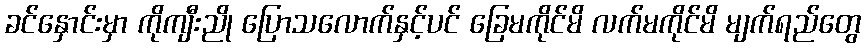
ခင်နှောင်းမှာ ကိုကျီးညို ပြောသလောက်နှင့်ပင် ခြေမကိုင်မိ လက်မကိုင်မိ မျက်ရည်တွေ